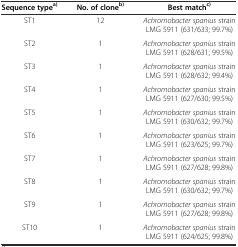
| Sequence type a) | No. of clone b) | Best match c) |
 | --- | --- | --- |
 | ST1 | 12 | Achromobacter spanius strain LMG 5911(631/633; 99.7%) |
 | ST2 | 1 | Achromobacter spanius strain LMG 5911(628/631; 99.5%) |
 | ST3 | 1 | Achromobacter spanius strain LMG 5911(628/632; 99.4%) |
 | ST4 | 1 | Achromobacter spanius strain LMG 5911(627/630; 99.5%) |
 | ST5 | 1 | Achromobacter spanius strain LMG 5911(630/632; 99.7%) |
 | ST6 | 1 | Achromobacter spanius strain LMG 5911(623/625; 99.7%) |
 | ST7 | 1 | Achromobacter spanius strain LMG 5911(627/628; 99.8%) |
 | ST8 | 1 | Achromobacter spanius strain LMG 5911(630/632; 99.7%) |
 | ST9 | 1 | Achromobacter spanius strain LMG 5911(627/628; 99.8%) |
 | ST10 | 1 | Achromobacter spanius strain LMG 5911(624/625; 99.8%) |